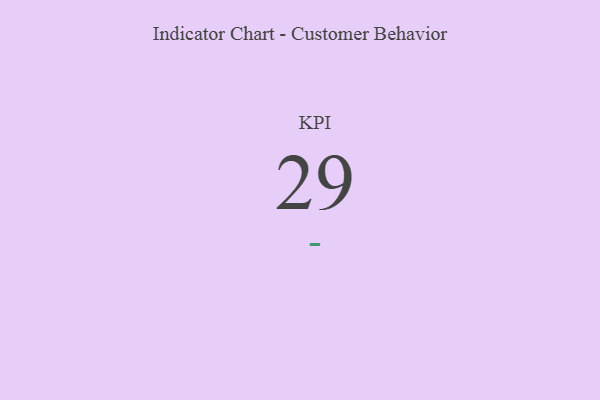
{"axis": {"x": "KPI", "y": "Value"}, "legend": [""], "data": [{"x": "KPI", "y": 29, "type": ""}]}